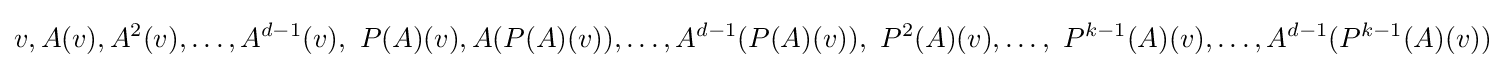
v,A(v),A^{2}(v),\ldots ,A^{d-1}(v),~P(A)(v),A(P(A)(v)),\ldots ,A^{d-1}(P(A)(v)),~P^{2}(A)(v),\ldots ,~P^{k-1}(A)(v),\ldots ,A^{d-1}(P^{k-1}(A)(v))